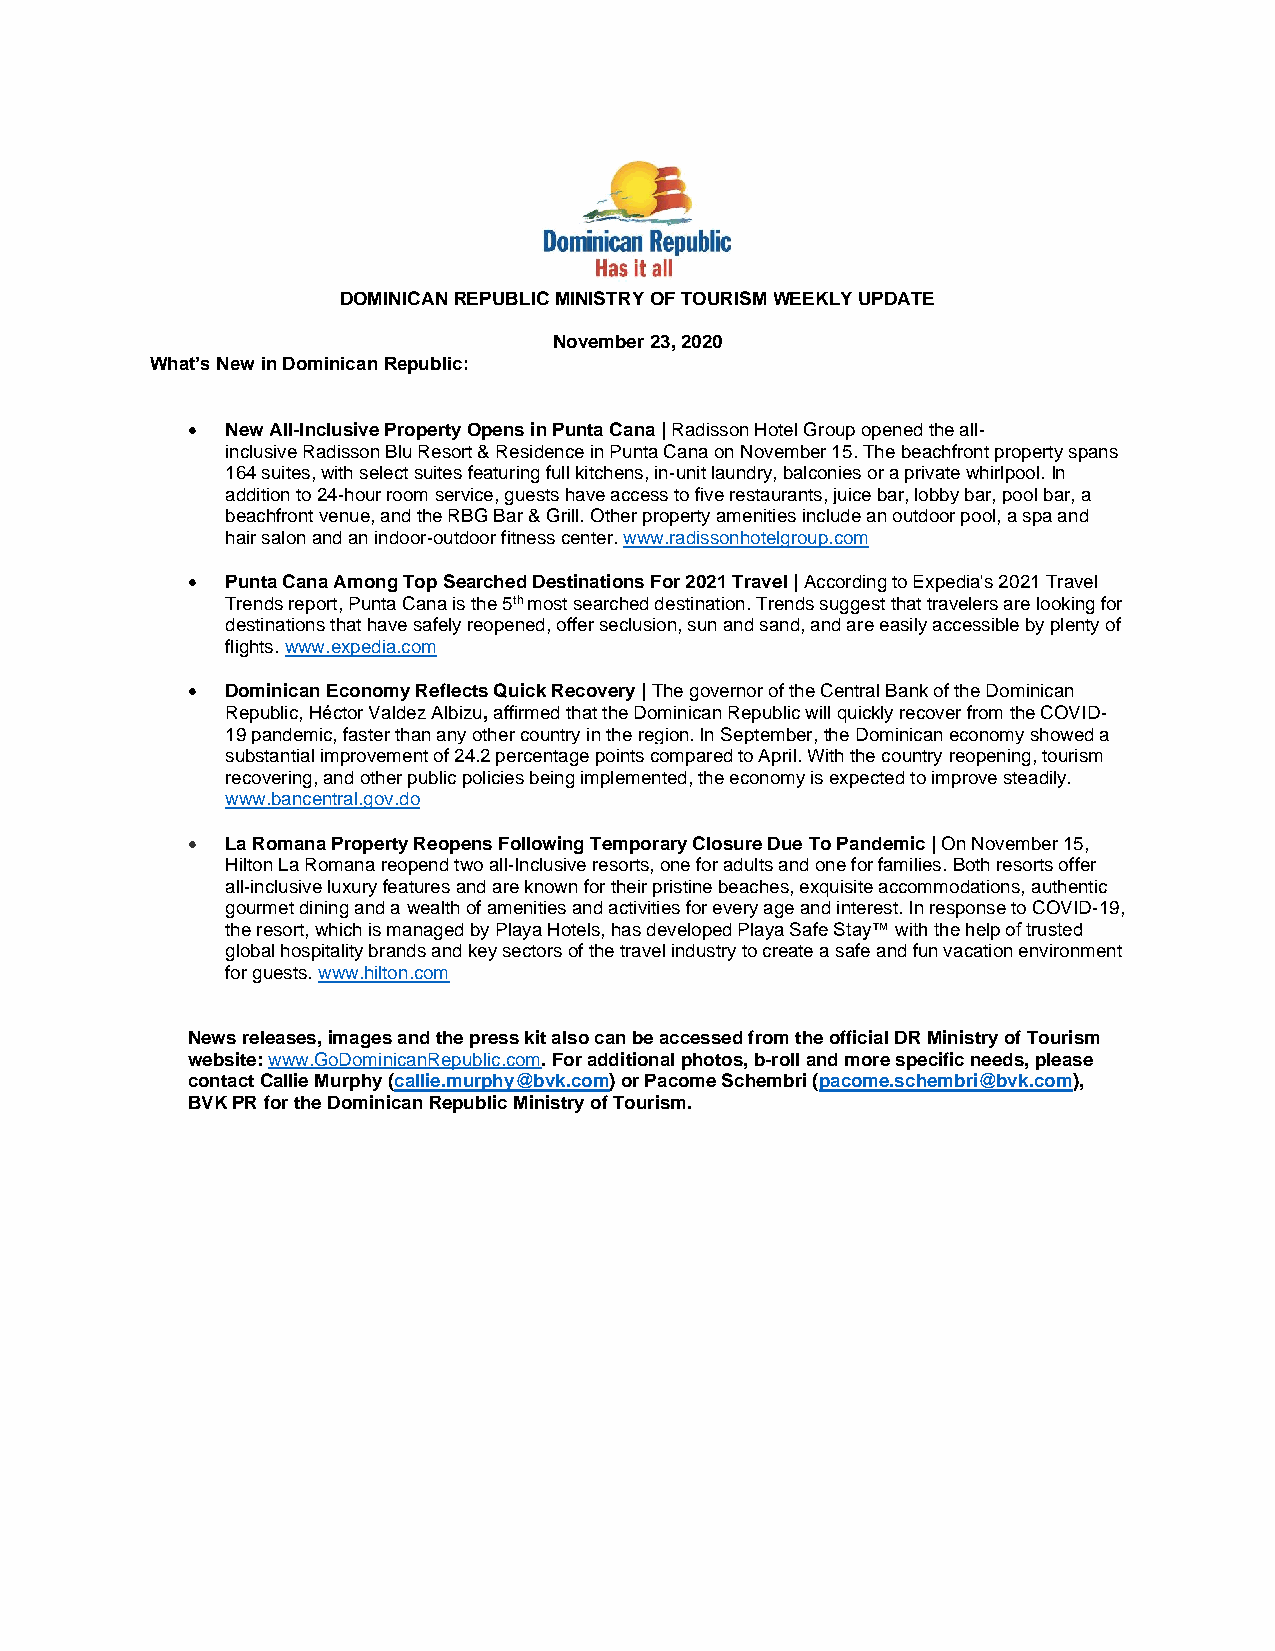
DOMINICAN REPUBLIC MINISTRY OF TOURISM WEEKLY UPDATE
 November 23, 2020
 What’s New in Dominican Republic:
 •  New All-Inclusive Property Opens in Punta Cana | Radisson Hotel Group opened the all-
 inclusive Radisson Blu Resort & Residence in Punta Cana on November 15. The beachfront property spans
 164 suites, with select suites featuring full kitchens, in-unit laundry, balconies or a private whirlpool. In
 addition to 24-hour room service, guests have access to five restaurants, juice bar, lobby bar, pool bar, a
 beachfront venue, and the RBG Bar & Grill. Other property amenities include an outdoor pool, a spa and
 hair salon and an indoor-outdoor fitness center. www.radissonhotelgroup.com
 •  Punta Cana Among Top Searched Destinations For 2021 Travel | According to Expedia's 2021 Travel
 Trends report, Punta Cana is the 5th most searched destination. Trends suggest that travelers are looking for
 destinations that have safely reopened, offer seclusion, sun and sand, and are easily accessible by plenty of
 flights. www.expedia.com
 •  Dominican Economy Reflects Quick Recovery | The governor of the Central Bank of the Dominican
 Republic, Héctor Valdez Albizu, affirmed that the Dominican Republic will quickly recover from the COVID-
 19 pandemic, faster than any other country in the region. In September, the Dominican economy showed a
 substantial improvement of 24.2 percentage points compared to April. With the country reopening, tourism
 recovering, and other public policies being implemented, the economy is expected to improve steadily.
 www.bancentral.gov.do
 •  La Romana Property Reopens Following Temporary Closure Due To Pandemic | On November 15,
 Hilton La Romana reopend two all-Inclusive resorts, one for adults and one for families. Both resorts offer
 all-inclusive luxury features and are known for their pristine beaches, exquisite accommodations, authentic
 gourmet dining and a wealth of amenities and activities for every age and interest. In response to COVID-19,
 the resort, which is managed by Playa Hotels, has developed Playa Safe Stay™ with the help of trusted
 global hospitality brands and key sectors of the travel industry to create a safe and fun vacation environment
 for guests. www.hilton.com
 News releases, images and the press kit also can be accessed from the official DR Ministry of Tourism
 website: www.GoDominicanRepublic.com. For additional photos, b-roll and more specific needs, please
 contact Callie Murphy (callie.murphy@bvk.com) or Pacome Schembri (pacome.schembri@bvk.com),
 BVK PR for the Dominican Republic Ministry of Tourism.